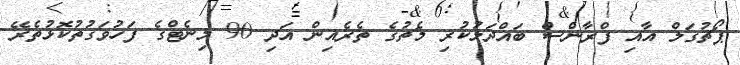
ޕޯޗުގަލް އާއި ފްރާންސް ބައްދަލުކުރި މެޗުގެ ތެރެއިން އަދި 90 މިނެޓްގެ ފަހުވަގުތުކޮޅުތެރޭ